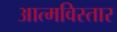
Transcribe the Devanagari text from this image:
आत्मविस्तार